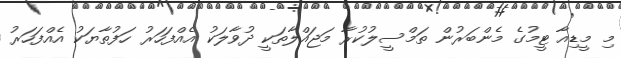
މި މީޑިއާ ޓީމުގެ މެންބަރުން ތަމްސީލުކުރާ މަޖައްލާތަކީ ދުވާލަކު އެއްފަހަރު ހަފުތާޔަކު އެއްފަހަރު